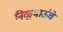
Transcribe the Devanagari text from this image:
निळूभाऊंचे